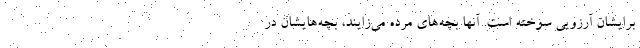
برایشان آرزویی سوخته است. آنها بچه‌های مرده می‌زایند، بچه‌هایشان در